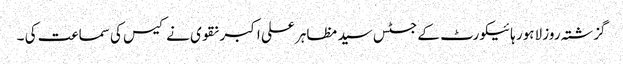
گزشتہ روز لاہور ہائیکورٹ کے جسٹس سید مظاہر علی اکبر نقوی نے کیس کی سماعت کی ۔